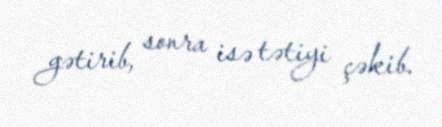
gətirib, sonra isə tətiyi çəkib.